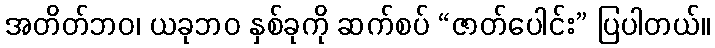
အတိတ်ဘဝ၊ ယခုဘဝ နှစ်ခုကို ဆက်စပ် “ဇာတ်ပေါင်း” ပြပါတယ်။